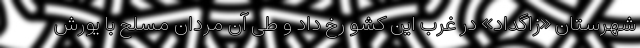
شهرستان «زاگداد» در غرب این کشو رخ داد و طی آن مردان مسلح با یورش